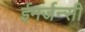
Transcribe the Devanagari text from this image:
ईमर्जन्सी